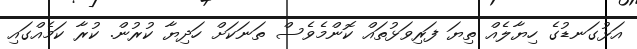
އަޅުގަނޑުގެ ހިޔާލެއް ތިޔަ ފަރިވަޅުތައް ކޮންމެވެސް ތަނަކަށް ހަދިޔާ ކުރުން. ކުރާ ކަމެއްގައި